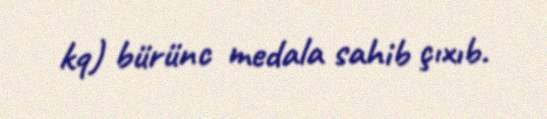
kq) bürünc medala sahib çıxıb.